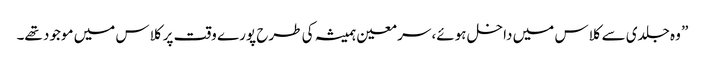
” وہ جلدی سے کلاس میں داخل ہوئے، سر معین ہمیشہ کی طرح پورے وقت پر کلاس میں موجود تھے۔